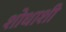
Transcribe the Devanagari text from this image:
शोधाशी